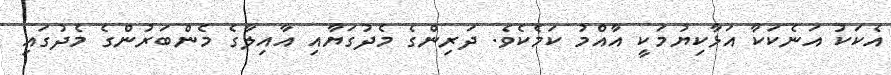
އެކަކު އަނެކަކާ އަޅާކިޔުމަކީ އާއްމު ކަމެކެވެ. ދަރިންގެ މެދުގަޔާއި އާއިލާގެ މެންބަރުންގެ މެދުގައި